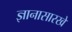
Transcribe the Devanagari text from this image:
ज्ञानासारखे